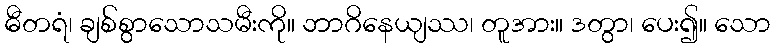
ဓီတရံ၊ ချစ်စွာသောသမီးကို။ ဘာဂိနေယျဿ၊ တူအား။ ဒတွာ၊ ပေး၍။ သော